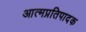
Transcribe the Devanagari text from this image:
आत्मप्रतिपादक